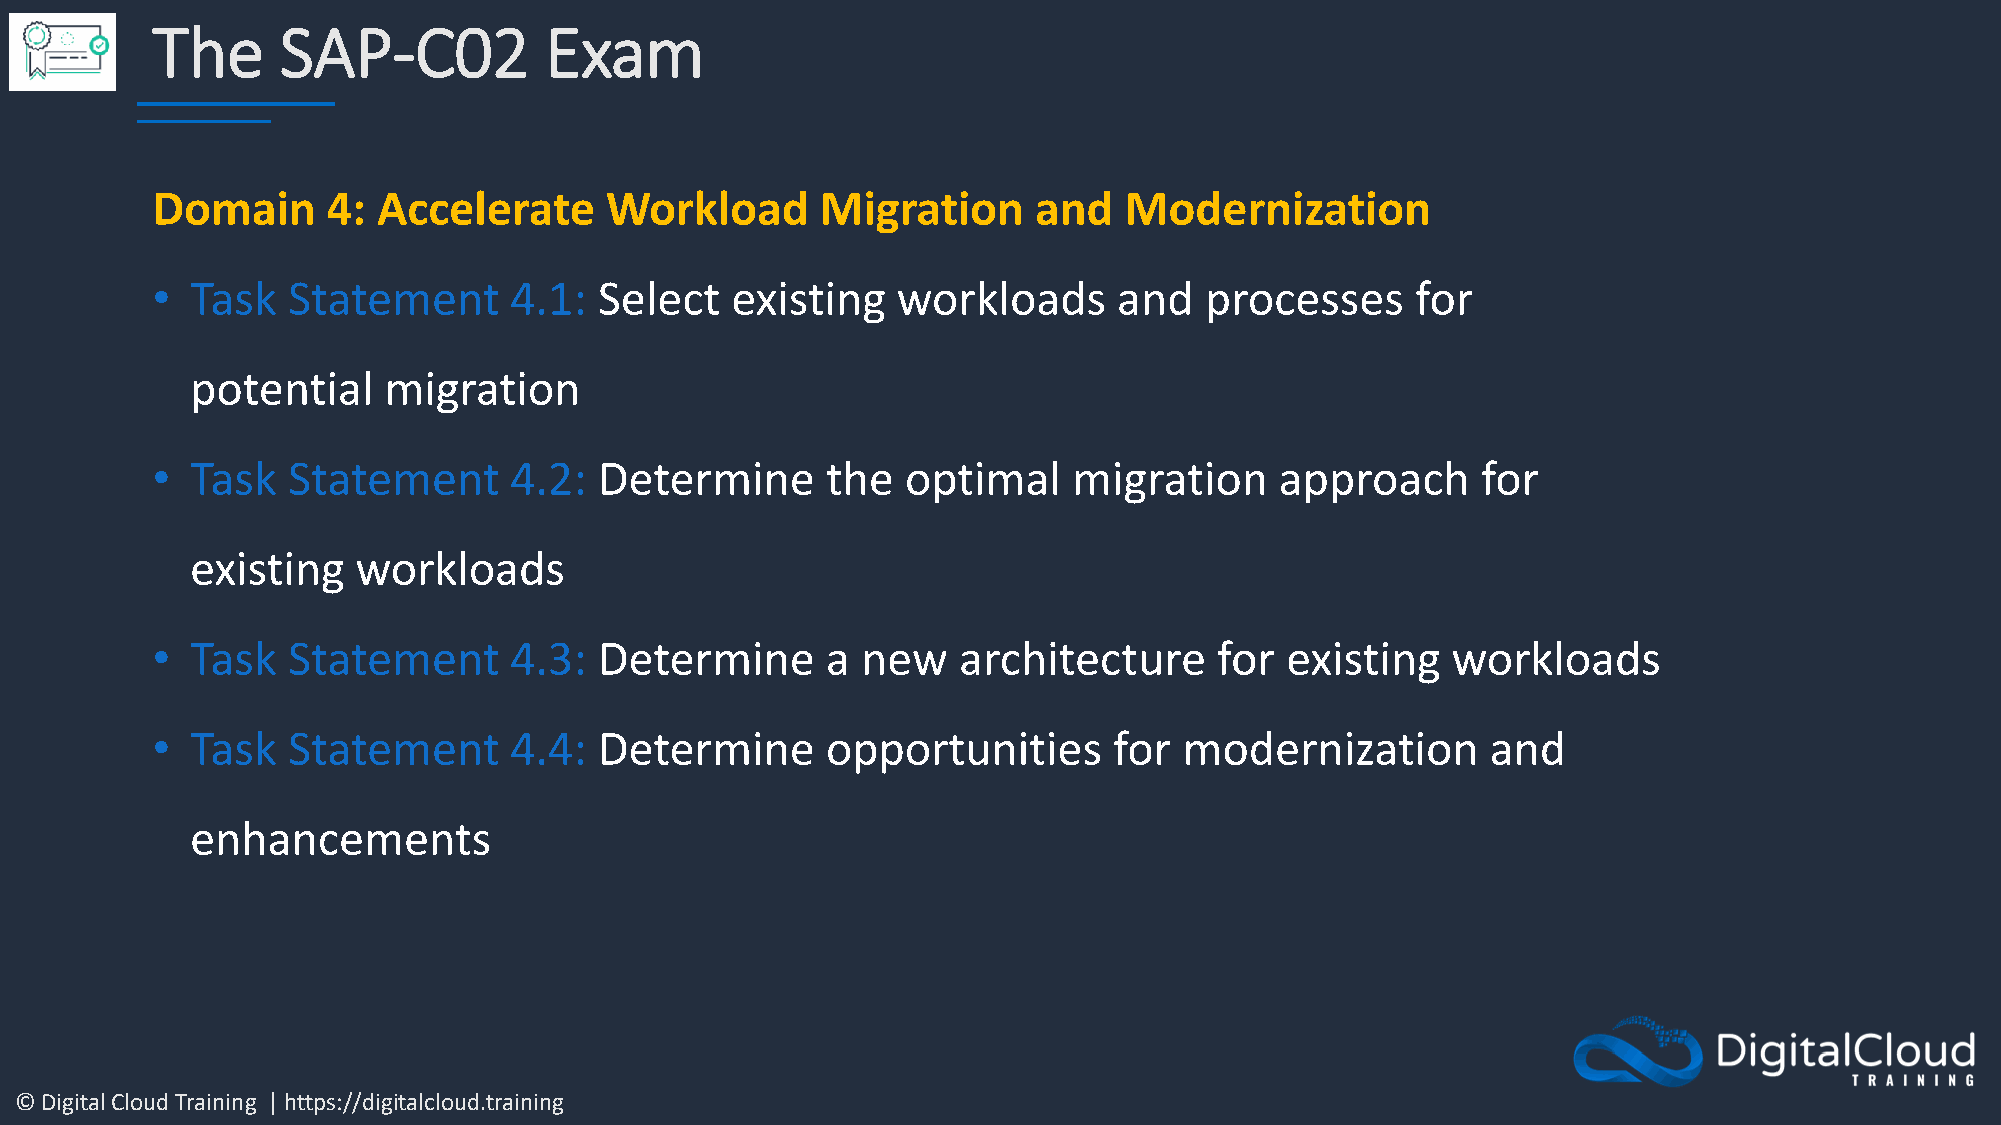
The      SAP-C02          Exam
 Domain      4: Accelerate     Workload      Migration     and   Modernization
 •  Task  Statement      4.1:  Select  existing   workloads      and   processes     for
 potential   migration
 •  Task  Statement      4.2:  Determine      the  optimal    migration     approach     for
 existing   workloads
 •  Task  Statement      4.3:  Determine      a new   architecture      for existing   workloads
 •  Task  Statement      4.4:  Determine      opportunities      for modernization        and
 enhancements
 © Digital Cloud Training | https://digitalcloud.training